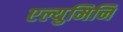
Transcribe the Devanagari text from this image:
एल्युमिनि